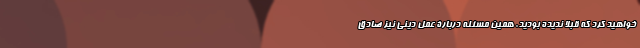
خواهید کرد که قبلاً ندیده بودید. همین مسئله دربارۀ عمل دینی نیز صادق